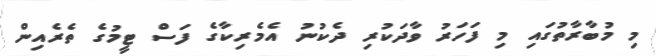
މި މުބާރާތުގައި މި ފަހަރު ވާދަކުރި ދެކުނު އެމެރިކާގެ ފަސް ޓީމުގެ ތެރެއިން